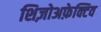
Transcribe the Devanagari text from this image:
शिज़ोअफ़ेक्टिव